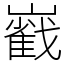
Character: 巀